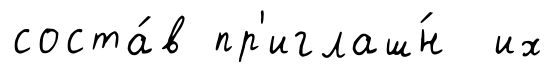
соста́в пр'иглаш́н их